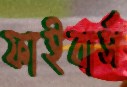
ফাইবার্স